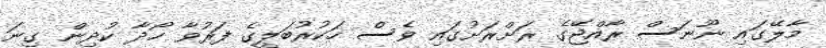
މާލޭގައި ނޫނަސް ރާއްޖޭގެ ރަށްރަށުގައި ވެސް ހަކުރުބަލީގެ ފަރުވާ ހޯދާ ކުދިން ގިނަ